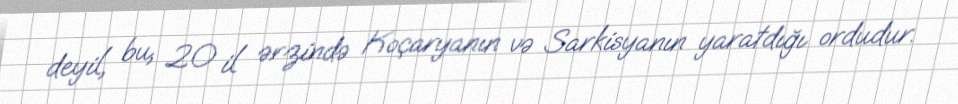
deyil, bu, 20 il ərzində Koçaryanın və Sarkisyanın yaratdığı ordudur.